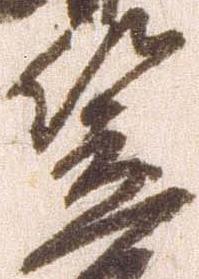
笠